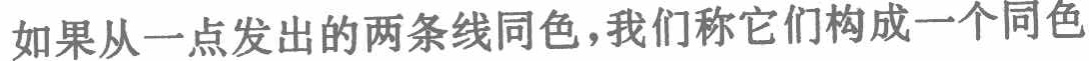
如果从一点发出的两条线同色，我们称它们构成一个同色